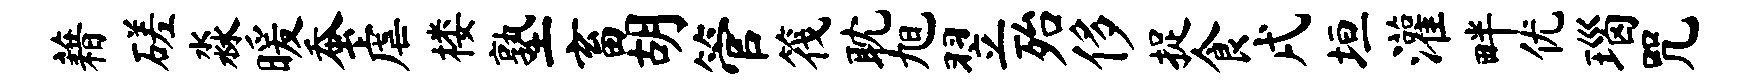
藉磋淼暖蚕虐楼塾畜胡管筏耽旭翌殆侈捉食戌垣灌畔优瑙咒